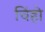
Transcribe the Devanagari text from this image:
चिंहो